Scottish Leaving Certificate Examination, 1958
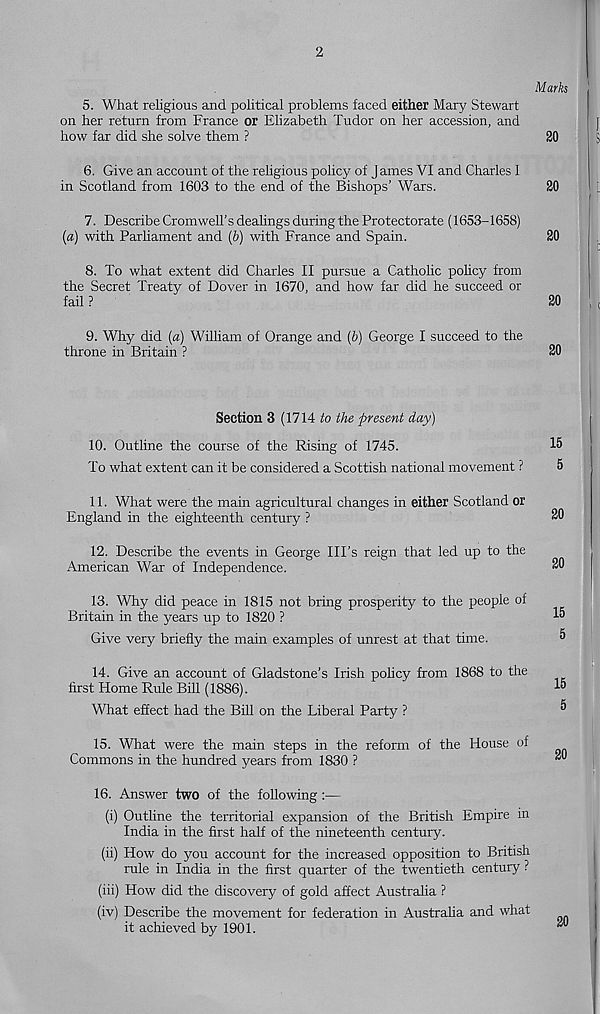
5. What religious and political problems faced either Mary Stewart
on her return from France or Elizabeth Tudor on her accession, and
how far did she solve them ?
6. Give an account of the religious policy of J ames VI and Charles I
in Scotland from 1603 to the end of the Bishops’ Wars.
7. Describe Cromwell’s dealings during the Protectorate (1653-1658)
(a) with Parliament and (6) with France and Spain.
8. To what extent did Charles II pursue a Catholic policy from
the Secret Treaty of Dover in 1670, and how far did he succeed or
fail ?
9. Why did (a) William of Orange and (b) George I succeed to the
throne in Britain ?
Section 3 (1714 to the present day)
10. Outline the course of the Rising of 1745.
To what extent can it be considered a Scottish national movement ?
11. What were the main agricultural changes in either Scotland or
England in the eighteenth century ?
12. Describe the events in George Ill’s reign that led up to the
American War of Independence.
13. Why did peace in 1815 not bring prosperity to the people of
Britain in the years up to 1820 ?
Give very briefly the main examples of unrest at that time.
14. Give an account of Gladstone’s Irish policy from 1868 to the
first Home Rule Bill (1886).
What effect had the Bill on the Liberal Party ?
15. What were the main steps in the reform of the House of
Commons in the hundred years from 1830 ?
16. Answer two of the following:—
(i) Outline the territorial expansion of the British Empire in
India in the first half of the nineteenth century.
(ii) How do you account for the increased opposition to British
rule in India in the first quarter of the twentieth century ?
(iii) How did the discovery of gold affect Australia ?
(iv) Describe the movement for federation in Australia and what
it achieved by 1901.